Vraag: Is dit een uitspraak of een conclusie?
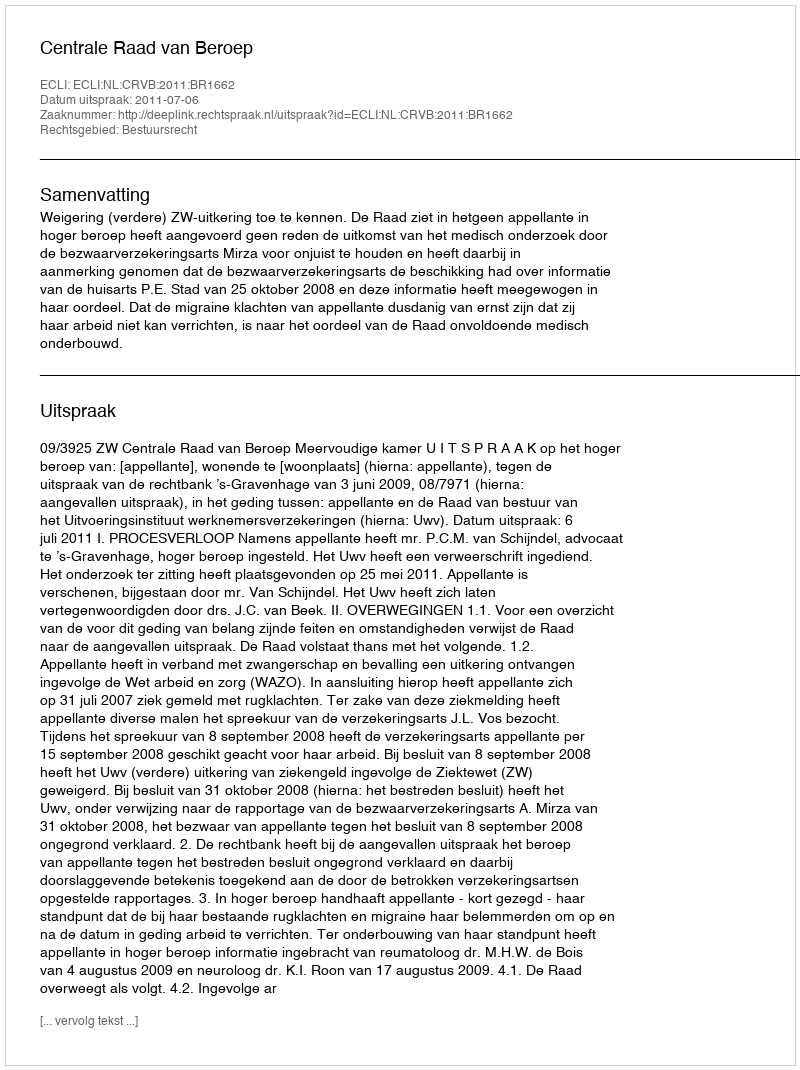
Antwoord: Uitspraak